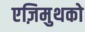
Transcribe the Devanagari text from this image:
एज़िमुथको